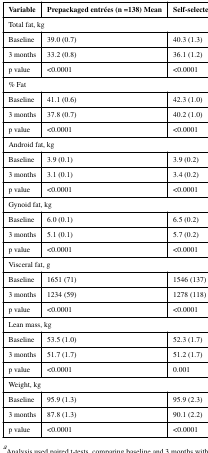
| Variable | Prepackaged entrées (n =138) Mean | Self-selected meals (n = 45) Mean |
 | --- | --- | --- |
 | <COLSPAN=3> Total fat, kg |
 | Baseline | 39.0 (0.7) | 40.3 (1.3) |
 | 3 months | 33.2 (0.8) | 36.1 (1.2) |
 | p value | <0.0001 | <0.0001 |
 | <COLSPAN=3> % Fat |
 | Baseline | 41.1 (0.6) | 42.3 (1.0) |
 | 3 months | 37.8 (0.7) | 40.2 (1.0) |
 | p value | <0.0001 | <0.0001 |
 | <COLSPAN=3> Android fat, kg |
 | Baseline | 3.9 (0.1) | 3.9 (0.2) |
 | 3 months | 3.1 (0.1) | 3.4 (0.2) |
 | p value | <0.0001 | <0.0001 |
 | <COLSPAN=3> Gynoid fat, kg |
 | Baseline | 6.0 (0.1) | 6.5 (0.2) |
 | 3 months | 5.1 (0.1) | 5.7 (0.2) |
 | p value | <0.0001 | <0.0001 |
 | <COLSPAN=3> Visceral fat, g |
 | Baseline | 1651 (71) | 1546 (137) |
 | 3 months | 1234 (59) | 1278 (118) |
 | p value | <0.0001 | <0.0001 |
 | <COLSPAN=3> Lean mass, kg |
 | Baseline | 53.5 (1.0) | 52.3 (1.7) |
 | 3 months | 51.7 (1.7) | 51.2 (1.7) |
 | p value | <0.0001 | 0.001 |
 | <COLSPAN=3> Weight, kg |
 | Baseline | 95.9 (1.3) | 95.9 (2.3) |
 | 3 months | 87.8 (1.3) | 90.1 (2.2) |
 | p value | <0.0001 | <0.0001 |